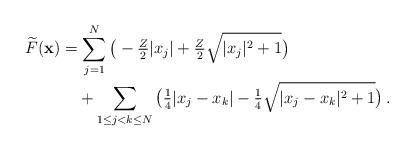
LaTeX: \begin{align*} \widetilde{F}({\bf x})&=\sum_{j=1}^{N} \big( -\tfrac{Z}{2}|x_j|+\tfrac{Z}{2}\sqrt{|x_j|^2+1}\big) \\&\quad+\sum_{1\le j<k\le N}\big(\tfrac{1}{4}|x_j-x_k|-\tfrac{1}{4}\sqrt{|x_j-x_k|^2+1}\big)\,. \end{align*}